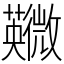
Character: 鿦